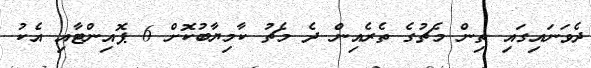
ދެވަނައިގައި ތިން މެޗުގެ ތެރެއިން ދެ މެޗު ކާމިޔާބުކޮށް 6 ޕޮއިންޓާއި އެކު